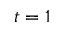
t = 1